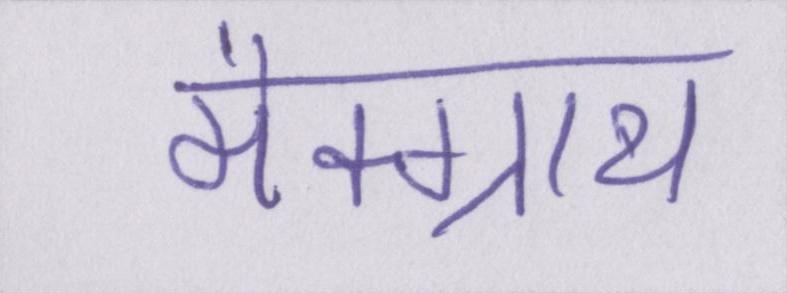
मैक्ग्राथ